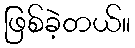
ဖြစ်ခဲ့တယ်။